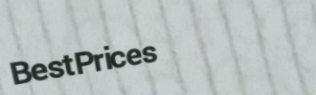
BestPrices